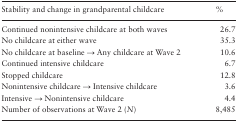
<table><thead><tr><td><b>Stability and change in grandparental childcare</b></td><td><b>%</b></td></tr></thead><tbody><tr><td>Continued nonintensive childcare at both waves</td><td>26.7</td></tr><tr><td>No childcare at either wave</td><td>35.3</td></tr><tr><td>No childcare at baseline → Any childcare at Wave 2</td><td>10.6</td></tr><tr><td>Continued intensive childcare</td><td>6.7</td></tr><tr><td>Stopped childcare</td><td>12.8</td></tr><tr><td>Nonintensive childcare → Intensive childcare</td><td>3.6</td></tr><tr><td>Intensive → Nonintensive childcare</td><td>4.4</td></tr><tr><td>Number of observations at Wave 2 (<i>N</i>)</td><td>8,485</td></tr></tbody></table>